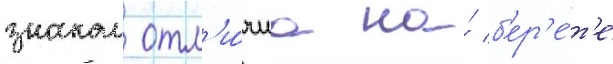
знаком отл'и́чиа на́ б'ер'е́т'е